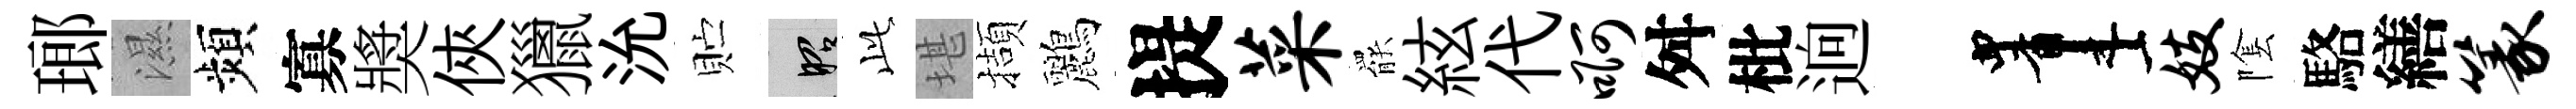
瑯濕頻寡奬俠獵沇贮昭𬼘堪擷鸝提菜罷絃代啊舛枇逈画妓隂駱繕篆